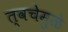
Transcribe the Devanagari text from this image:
त्वचेमुळे